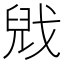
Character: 𫻻